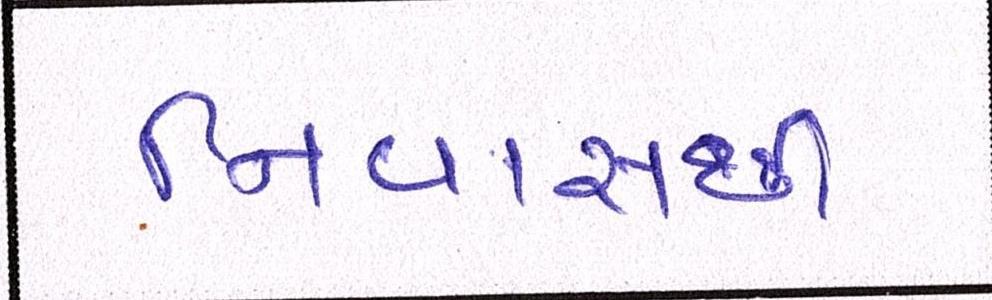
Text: નિવાસથી